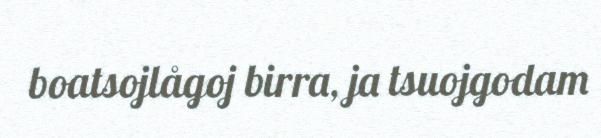
boatsojlågoj birra, ja tsuojgodam